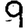
Digit: 9